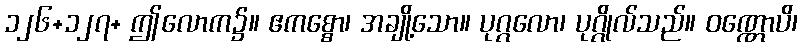
၁၂၆+၁၂၇+ ဤလောက၌။ ဧကစ္စော၊ အချို့သော။ ပုဂ္ဂလော၊ ပုဂ္ဂိုလ်သည်။ ဝဏ္ဏောပိ၊